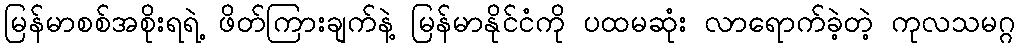
မြန်မာစစ်အစိုးရရဲ့ ဖိတ်ကြားချက်နဲ့ မြန်မာနိုင်ငံကို ပထမဆုံး လာရောက်ခဲ့တဲ့ ကုလသမဂ္ဂ